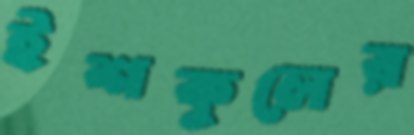
ইশকুলের